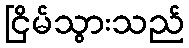
ငြိမ်သွားသည်